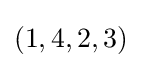
(1,4,2,3)